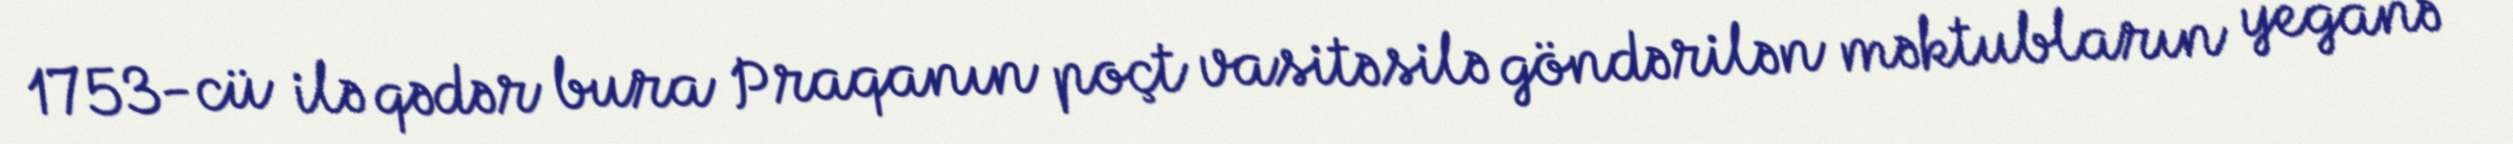
1753-cü ilə qədər bura Praqanın poçt vasitəsilə göndərilən məktubların yeganə